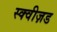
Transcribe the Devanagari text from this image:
स्क्वीज़ड